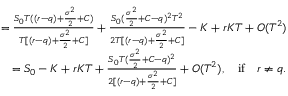
\begin{array} { r } { = \frac { S _ { 0 } T ( ( r - q ) + \frac { \sigma ^ { 2 } } { 2 } + C ) } { T [ ( r - q ) + \frac { \sigma ^ { 2 } } { 2 } + C ] } + \frac { S _ { 0 } ( \frac { \sigma ^ { 2 } } { 2 } + C - q ) ^ { 2 } T ^ { 2 } } { 2 T [ ( r - q ) + \frac { \sigma ^ { 2 } } { 2 } + C ] } - K + r K T + O ( T ^ { 2 } ) } \\ { = S _ { 0 } - K + r K T + \frac { S _ { 0 } T ( \frac { \sigma ^ { 2 } } { 2 } + C - q ) ^ { 2 } } { 2 [ ( r - q ) + \frac { \sigma ^ { 2 } } { 2 } + C ] } + O ( T ^ { 2 } ) , \quad \mathrm { i f } \quad r \neq q . } \end{array}